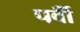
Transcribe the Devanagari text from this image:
पर्वोँ